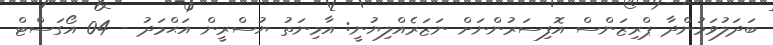
ބަދަލުވަމުންދާ ޕްރިޒަންސް އޮފިސަރުންނަށް ނަޒަރެއްލިޔުނީ: އާމިނަތު ޔުސްރީން އަޙްމަދު - 04 އޯގަސްޓް